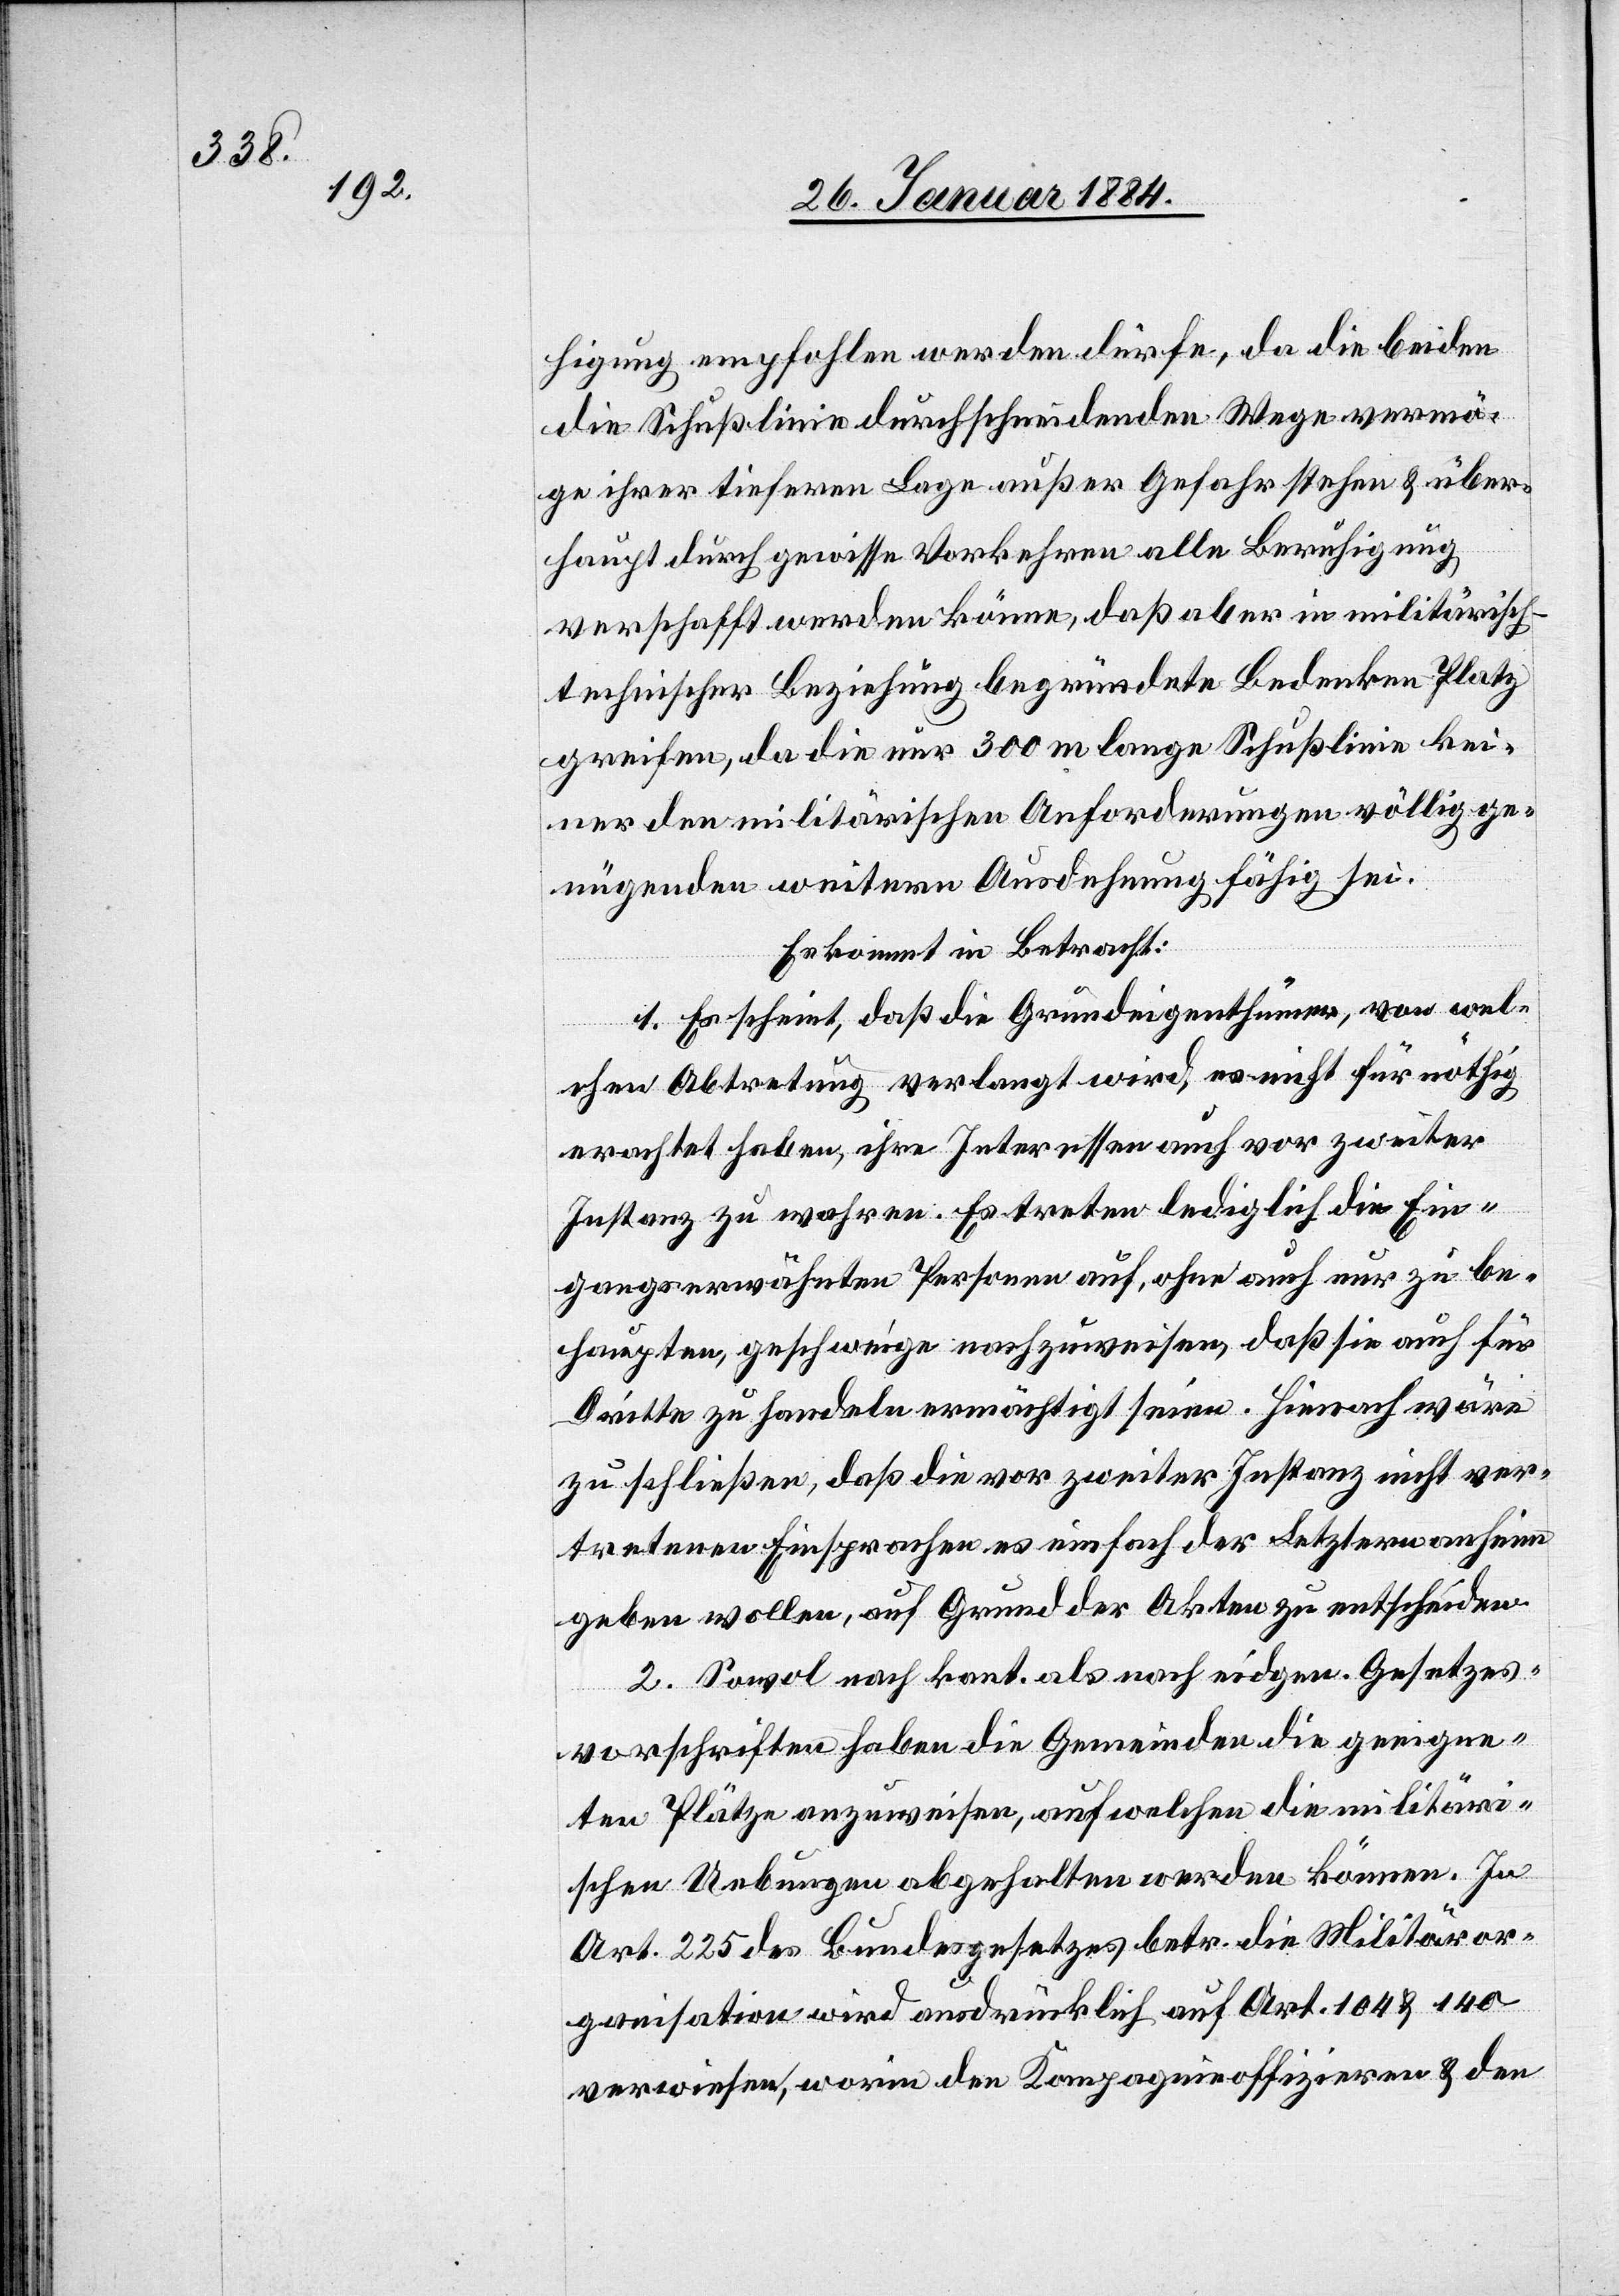
higung empfohlen werden dürfe, da die beiden
die Schußlinie durchschneidenden Wege vermö¬
ge ihrer tieferen Lage außer Gefahr stehen & über¬
haupt durch gewisse Vorkehren alle Beruhigung
verschafft werden könne, daß aber in militärisch¬
echnischer Beziehung begründete Bedenken Platz
greifen, da die nur 300 m lange Schußlinie kei¬
ner den militärischen Anforderungen völlig ge¬
nügenden weiteren Ausdehnung fähig sei.
Es kommt in Betracht:
1. Es scheint, daß die Grundeigenthümer, von wel¬
chen Abtretung verlangt wird, es nicht für nöthig
erachtet haben, ihre Interessen auch vor zweiter
Instanz zu wahren. Es treten lediglich die Ein¬
gangs erwähnten Personen auf, ohne auch nur zu be¬
haupten, geschweige nachzuweisen, daß sie auch für
Dritte zu handeln ermächtigt seien. Hienach wäre
zu schließen, daß die vor zweiter Instanz nicht ver¬
tretenen Einsprecher es einfach der Letzteren anhin
geben wollen, auf Grund der Akten zu entscheiden.
2. Sowol nach kant. als nach eidgen. Gesetzes¬
er-t¬
vorschriften haben die Gemeinden die geeigne¬
ten Plätze anzuweisen, auf welchen die militär¬
ischen Uebungen abgehalten werden können. In
Art. 225 des Bundesgesetzes betr. die Militäror¬
ganisation wird ausdrücklich auf Art. 104 & 140
verwiesen, worin den Kompagnieoffizieren & den